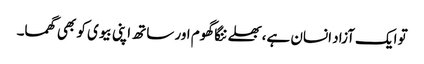
تو ایک آزاد انسان ہے،بھلے ننگا گھوم اور ساتھ اپنی بیوی کو بھی گھما۔